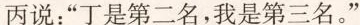
丙说：”丁是第二名，我是第三名。”